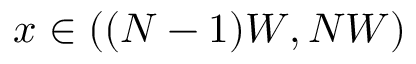
x \in ( ( N - 1 ) W , N W )